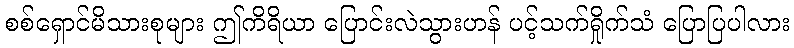
စစ်ရှောင်မိသားစုများ ဤကိရိယာ ပြောင်းလဲသွားဟန် ပင့်သက်ရှိုက်သံ ပြောပြပါလား